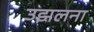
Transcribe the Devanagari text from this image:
उझलना